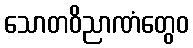
သောတဝိညာဏံတွေဝ